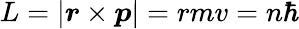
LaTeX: L=|{\boldsymbol{r}}\times{\boldsymbol{p}}|=rmv=n\hbar